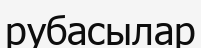
рубасылар